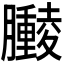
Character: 𫇁